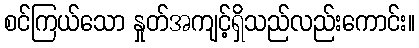
စင်ကြယ်သော နှုတ်အကျင့်ရှိသည်လည်းကောင်း။